Reports on dispensaries and lunatic asylums in the Province of Oudh - 1869-1876
Year: 1869
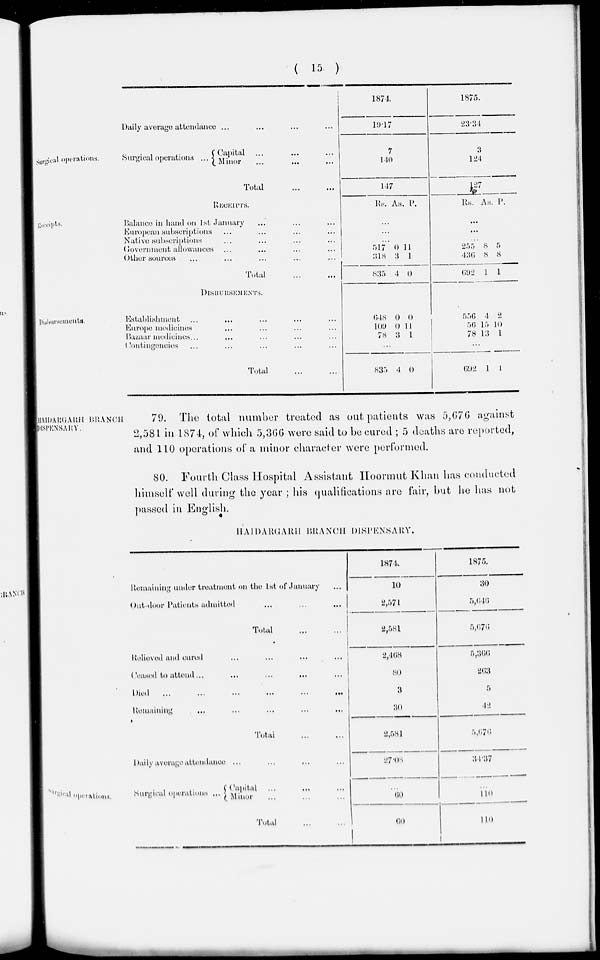
( 15 )
Surgical operations.
Daily average attendance ... ... ... ...
Surgical operations ...
Capital ... ... ...
Minor ... ... ...
Total
...
...
1874.
19.17
7
140
147
1875.
23.34
3
124
127
Receipts.
RECEIPTS.
Balance in hand on 1st January ... ... ...
European subscriptions ... ... ... ...
Native subscriptions ... ... ... ...
Government allowances ... ... ... ...
Other sources ... ... ... ... ...
Total ... ...
Rs. As. P.
...
...
...
517
318
835
0
3
4
11
1
0
Rs. As. P.
...
...
...
255
436
692
8
8
1
5
8
1
Disbursements.
DISBURSEMENTS.
Establishment ... ... ... ... ...
Europe medicines ... ... ... ...
Bazaar medicines ... ... ... ... ...
Contingencies ... ... ... ... ...
Total ... ...
648
109
78
0
0
3
0
11
1
...
835 4 0
556
56
78
4
15
13
2
10
1
...
692
1 1
HAIDARGARH BRANCH
DISPENSARY.
79. The total number treated as out patients was 5,676 against
2,581 in 1874, of which 5,366 were said to be cured ; 5 deaths are reported,
and 110 operations of a minor character were performed.
80. Fourth Class Hospital Assistant Hoormut Khan has conducted
himself well during the year ; his qualifications are fair, but he has not
passed in English.
HAIDARGARH BRANCH DISPENSARY.
Remaining under treatment on the 1st of January ...
Out-door Patients admitted ... ... ...
Total ... ...
Relieved and cured ... ... ... ...
Ceased to attend ... ... ... ... ... ...
Died ... ... ... ... ... ...
Remaining ... ... ... ...
Total
...
...
Daily average attendance ... ... ... ...
1874.
10
2,571
2,58l
2,468
80
3
30
2,581
27.08
1875.
30
5,646
5,676
5,366
263
5
42
5,676
31.37
Surgical operations.
Surgical operations ...
Capital ... ... ...
Minor ... ... ...
Total ... ...
...
60
60
...
110
110